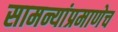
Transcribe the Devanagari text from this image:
सामन्यांप्रमाणेच